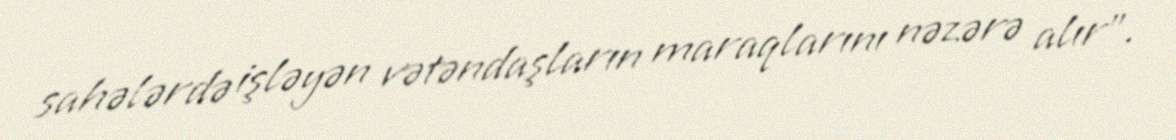
sahələrdə işləyən vətəndaşların maraqlarını nəzərə alır".